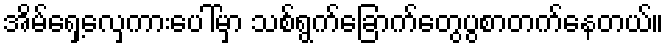
အိမ်ရှေ့လှေကားပေါ်မှာ သစ်ရွက်ခြောက်တွေပွစာတက်နေတယ်။